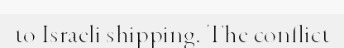
to Israeli shipping. The conflict